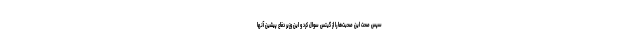
سپس صحت این صحبت‌ها را از گیتس سوال کرد و این وزیر دفاع پیشین آنها